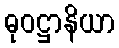
ဓုဝဋ္ဌာနိယာ